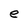
Character: e